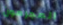
المجرمون